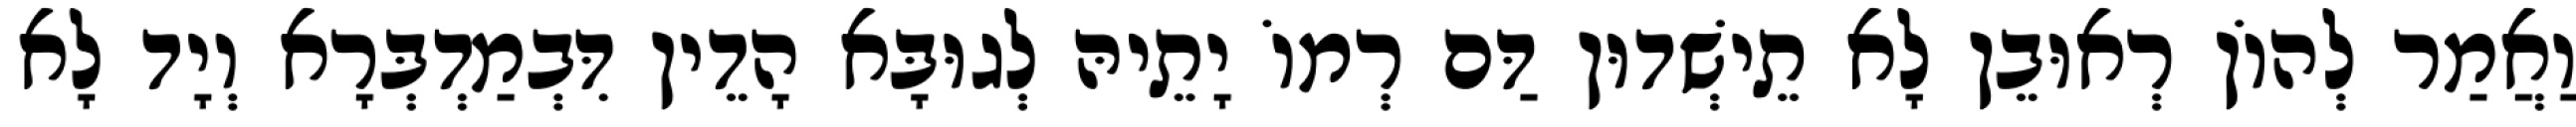
וַאֲמַר לְהוֹן רְאוּבֵן לָא תֵישְׁדוּן דַּם רְמוֹ יָתֵיהּ לְגוּבָּא הָדֵין דִּבְמַדְבְּרָא וְיָד לָא